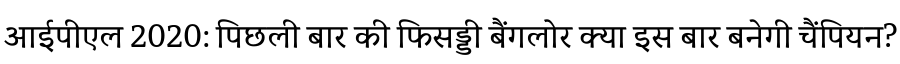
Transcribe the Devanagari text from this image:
आईपीएल 2020: पिछली बार की फिसड्डी बैंगलोर क्या इस बार बनेगी चैंपियन?